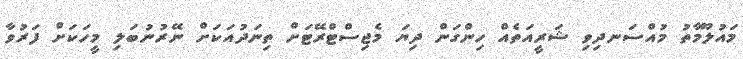
މައުލޫމާތު މުއްސަނދިވި ޝަރީއަތެއް ހިންގަން ދިޔަ މެޖިސްޓްރޭޓަށް ތިނަދުއަކަށް ނޭރުނުބަލި މީހަކަށް ފަރުވާ